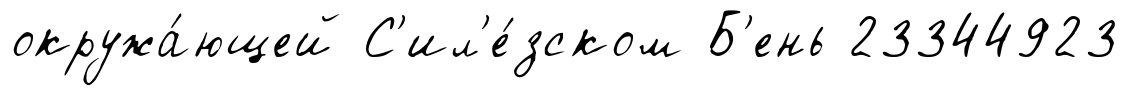
окружа́ющей С'ил'е́зском Б'ень 23344923